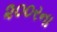
૨૦૦રના